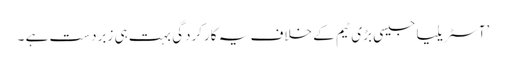
’آسٹریلیا جیسی بڑی ٹیم کے خلاف یہ کارکردگی بہت ہی زبردست ہے ۔